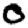
Digit: 0